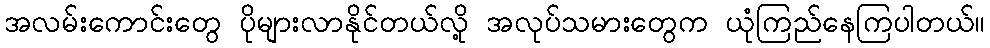
အလမ်းကောင်းတွေ ပိုများလာနိုင်တယ်လို့ အလုပ်သမားတွေက ယုံကြည်နေကြပါတယ်။